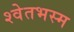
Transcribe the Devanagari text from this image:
श्वेतभस्म